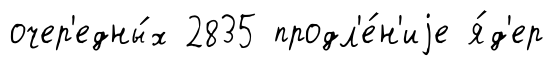
очер'едны́х 2835 продл'е́н'иjе я́д'ер